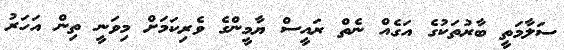
ސަލާމަތީ ބާރުތަކުގެ އަގެއް ނެތް ރައީސް ޔާމީންގެ ވެރިކަމަށް މިވަނީ ތިން އަހަރު